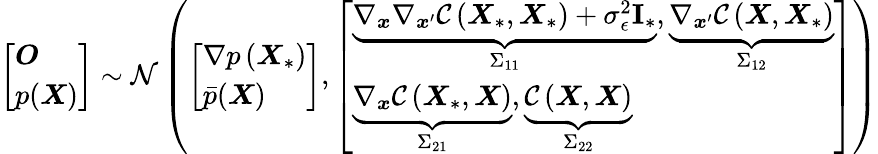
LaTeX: \left[\begin{array}{l}{\boldsymbol{O}}\\ {p(\boldsymbol{X})}\end{array}\right]\sim\mathcal{N}\left(\left[\begin{array}{l}{\nabla p\left(\boldsymbol{X}_{*}\right)}\\ {\bar{p}(\boldsymbol{X})}\end{array}\right],\left[\begin{array}{l}{\underbrace{\nabla_{\boldsymbol{x}}\nabla_{\boldsymbol{x}^{\prime}}\mathcal{C}\left(\boldsymbol{X}_{*},\boldsymbol{X}_{*}\right)+\sigma_{\epsilon}^{2}\mathbf{I}_{*}}_{\Sigma_{11}},\underbrace{\nabla_{\boldsymbol{x}^{\prime}}\mathcal{C}\left(\boldsymbol{X},\boldsymbol{X}_{*}\right)}_{\Sigma_{12}}}\\ {\underbrace{\nabla_{\boldsymbol{x}}\mathcal{C}\left(\boldsymbol{X}_{*},\boldsymbol{X}\right)}_{\Sigma_{21}},\underbrace{\mathcal{C}\left(\boldsymbol{X},\boldsymbol{X}\right)}_{\Sigma_{22}}}\end{array}\right]\right)